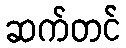
ဆက်တင်